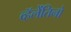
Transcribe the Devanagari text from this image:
व्हॅलेंतिनो